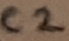
Text: C2